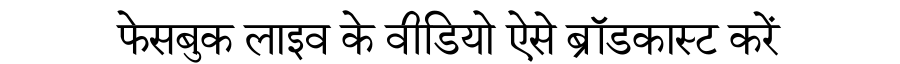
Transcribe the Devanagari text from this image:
फेसबुक लाइव के वीडियो ऐसे ब्रॉडकास्ट करें